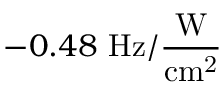
- 0 . 4 8 ~ \mathrm { H z / \frac { W } { c m ^ { 2 } } }